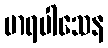
မာရပါသေန